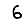
Digit: 6